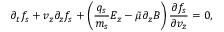
\partial _ { t } f _ { s } + v _ { z } \partial _ { z } f _ { s } + \left( \frac { q _ { s } } { m _ { s } } E _ { z } - \tilde { \mu } \partial _ { z } B \right) \frac { \partial f _ { s } } { \partial v _ { z } } = 0 ,